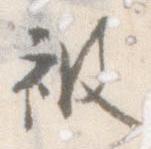
被